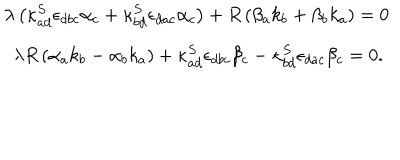
LaTeX: \begin{array} { l } { { \lambda \left( \kappa _ { a d } ^ { S } \epsilon _ { d b c } \alpha _ { c } + \kappa _ { b d } ^ { S } \epsilon _ { d a c } \alpha _ { c } \right) + R \left( \beta _ { a } k _ { b } + \beta _ { b } k _ { a } \right) = 0 } } \\ { { \ \ \lambda R \left( \alpha _ { a } k _ { b } - \alpha _ { b } k _ { a } \right) + \kappa _ { a d } ^ { S } \epsilon _ { d b c } \beta _ { c } - \kappa _ { b d } ^ { S } \epsilon _ { d a c } \beta _ { c } = 0 . } } \\ \end{array}